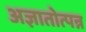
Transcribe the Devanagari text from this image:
अज्ञातोत्पन्न